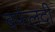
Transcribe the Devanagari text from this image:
बर्फलदी